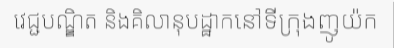
វេជ្ជបណ្ឌិត និងគិលានុបដ្ឋាកនៅទីក្រុងញូយ៉ក